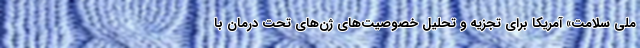
ملی سلامت» آمریکا برای تجزیه و تحلیل خصوصیت‌های ژن‌های تحت درمان با